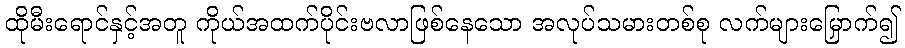
ထိုမီးရောင်နှင့်အတူ ကိုယ်အထက်ပိုင်းဗလာဖြစ်နေသော အလုပ်သမားတစ်စု လက်များမြှောက်၍